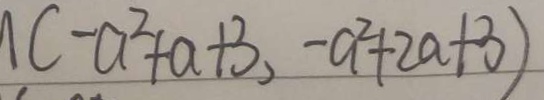
( - a ^ { 2 } + a + 3 , - a ^ { 2 } + 2 a + 3 )